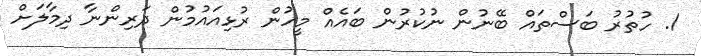
1. ހުތުރު ބަސްތައް ބޭނުން ނުކުރުން ބައެއް މީހުން ރުޅިއައުމުން ދަރިންނާ ދިމާލަށް